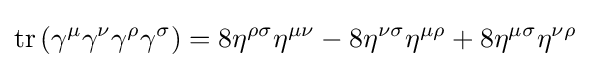
\operatorname {tr} \left(\gamma ^{\mu }\gamma ^{\nu }\gamma ^{\rho }\gamma ^{\sigma }\right)=8\eta ^{\rho \sigma }\eta ^{\mu \nu }-8\eta ^{\nu \sigma }\eta ^{\mu \rho }+8\eta ^{\mu \sigma }\eta ^{\nu \rho }